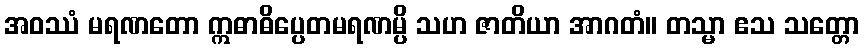
အဝဿံ မရဏတော ဣဓာဓိပ္ပေတမရဏမ္ပိ သဟ ဇာတိယာ အာဂတံ။ တသ္မာ ဧသ သတ္တော